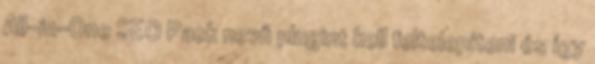
All-in-One SEO Pack nevű plugint kell feltelepíteni és így